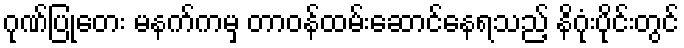
ဂုဏ်ပြုတေး မနက်ကမှ တာဝန်ထမ်းဆောင်နေရသည့် နိဂုံးပိုင်းတွင်